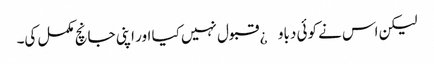
لیکن اس نے کوئی دباو¿ قبول نہیں کیا اور اپنی جانچ مکمل کی۔